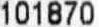
101870